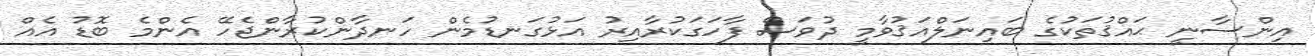
އިންސާނީ ޙައްޤުތަކުގެ ބައިނަލްއަޤުވާމީ ދުވަސް ފާހަގަކުރާއިރު އަޅުގަނޑުމެން ހަނދާންކުރާންޖެހޭ އެންމެ ބޮޑު އެއް